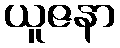
ယူဇနာ